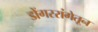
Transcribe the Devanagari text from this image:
डोंगररांगेतून